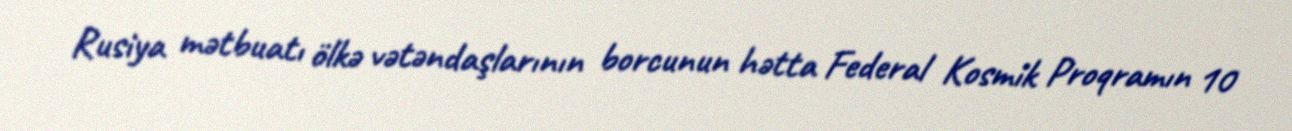
Rusiya mətbuatı ölkə vətəndaşlarının borcunun hətta Federal Kosmik Proqramın 10